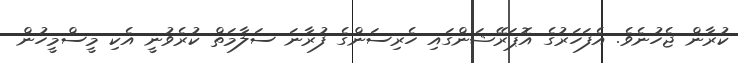
ކުރާން ޖެހުނެވެ. އެފަހަރުގެ އޮޕަރޭޝަންގައި ހެރިސަންގެ ފުރާނަ ސަލާމަތް ކުރެވުނީ އެކި މީސްމީހުން